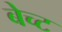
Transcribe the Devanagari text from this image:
बेच्ट